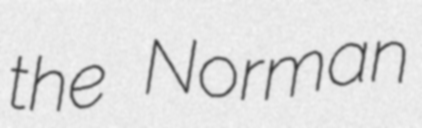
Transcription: the Norman